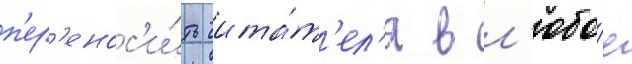
п'ер'енос'и́ть чита́т'ел'я в л'юбо́е